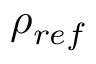
\rho _ { r e f }